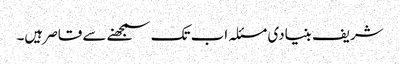
شریف بنیادی مسئلہ اب تک سمجھنے سے قاصر ہیں۔